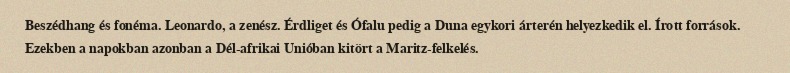
Beszédhang és fonéma. Leonardo, a zenész. Érdliget és Ófalu pedig a Duna egykori árterén helyezkedik el. Írott források. Ezekben a napokban azonban a Dél-afrikai Unióban kitört a Maritz-felkelés.